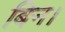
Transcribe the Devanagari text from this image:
बिन।